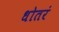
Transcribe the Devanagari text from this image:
धोतरं